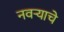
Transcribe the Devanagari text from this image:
नवऱ्याचे